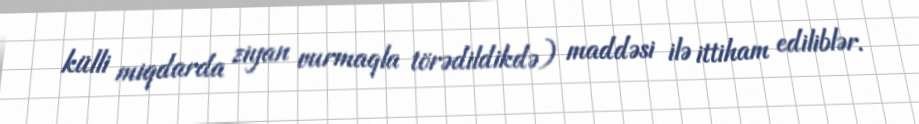
külli miqdarda ziyan vurmaqla törədildikdə) maddəsi ilə ittiham ediliblər.